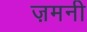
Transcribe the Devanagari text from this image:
ज़मनी